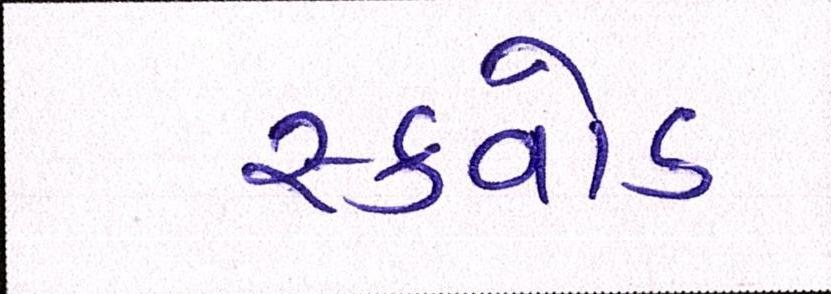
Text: સ્ક્વોડ